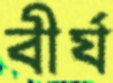
বীর্য